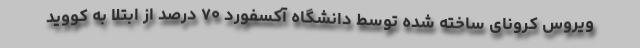
ویروس کرونای ساخته شده توسط دانشگاه آکسفورد ۷۰ درصد از ابتلا به کووید